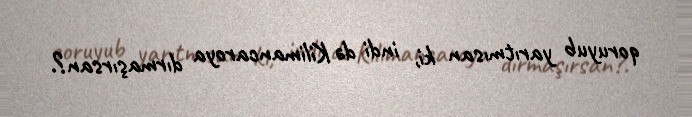
qoruyub yarıtmısan ki, indi də Kilimancaroya dırmaşırsan?.